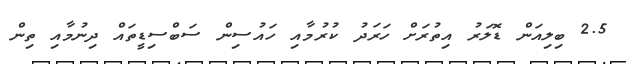
2.5 ބިލިއަން ޑޮލަރު އިތުރަށް ހަރަދު ކުރުމާއި ހައުސިން ސަބްސިޑީތައް ދިނުމާއި ތިން